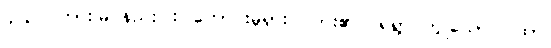
၄၂၃။ ကြားမြင်နည်းပါး၊ ကောင်းမှုရှား၊ လား၏ ငရဲရွာ ဟူူသော ဂါထာ၊